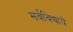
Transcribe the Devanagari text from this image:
सर्वविद्यायें